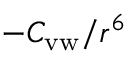
- C _ { \mathrm { v w } } / r ^ { 6 }